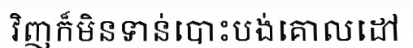
វិញក៏មិនទាន់បោះបង់គោលដៅ